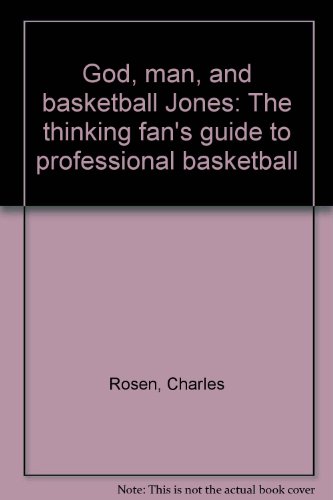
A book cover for God, Man and Basketball Jones: The Thinking Fan's Guide to Professional Basketball; Charles Rosen; Sports & Outdoors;